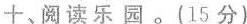
十、阅读乐园。(15分)